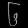
Digit: ၆